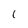
Character: l